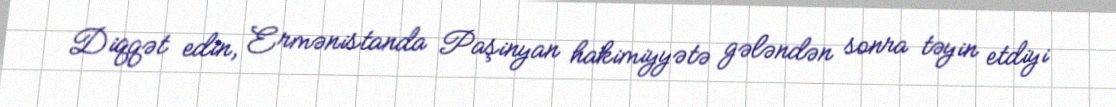
Diqqət edin, Ermənistanda Paşinyan hakimiyyətə gələndən sonra təyin etdiyi